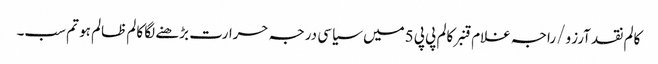
کالم	نقد آرزو/ راجہ غلام قنبر	کالم	پی پی 5میں سیاسی درجہ حرارت بڑھنے لگا	کالم	ظالم ہو تم سب۔